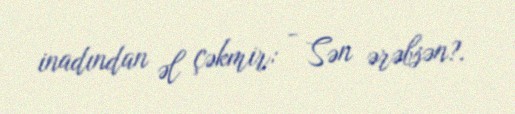
inadından əl çəkmir: - Sən ərəbsən?.